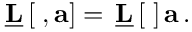
\underline { { \mathbf { L } } } \left[ \mathbf { \nabla } , \mathbf { a } \right] = \, \underline { { \mathbf { L } } } \left[ \mathbf { \nabla } \right] \mathbf { a } \, .